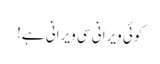
کوئی ویرانی سی ویرانی ہے!